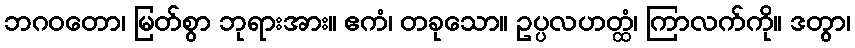
ဘဂဝတော၊ မြတ်စွာ ဘုရားအား။ ဧကံ၊ တခုသော။ ဥပ္ပလဟတ္ထံ၊ ကြာလက်ကို။ ဒတွာ၊